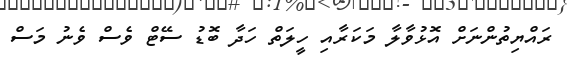
ރައްޔިތުންނަށް އޮޅުވާލާ މަކަރާއި ހީލަތް ހަދާ ބޮޑު ސޭޓް ވެސް ވެނު މަސް